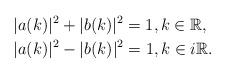
\begin{align*} &|a(k)|^2+|b(k)|^2=1, k \in \mathbb{R}, \\ &|a(k)|^2-|b(k)|^2=1, k \in i\mathbb{R}.\end{align*}